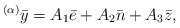
\begin{align*}^{\left( \alpha \right) }\bar{y}=A_{1}\bar{e}+A_{2}\bar{n}+A_{3}\bar{z},\end{align*}